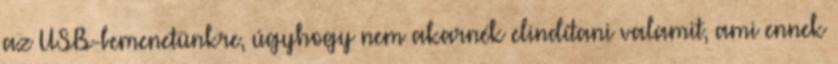
az USB-bemenetünkre, úgyhogy nem akarnék elindítani valamit, ami ennek